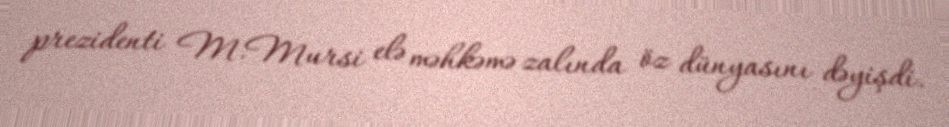
prezidenti M.Mursi elə məhkəmə zalında öz dünyasını dəyişdi.